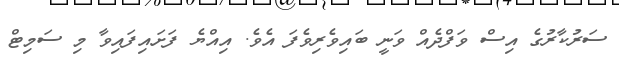
ސަރުކާރުގެ އިސް ވަފްދެއް ވަނީ ބައިވެރިވެފަ އެވެ. އިއްޔެ ފަށައިފައިވާ މި ސަމިޓް